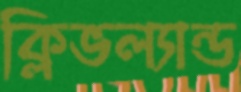
ক্লিভল্যান্ড